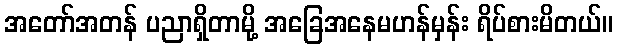
အတော်အတန် ပညာရှိတာမို့ အခြေအနေမဟန်မှန်း ရိပ်စားမိတယ်။